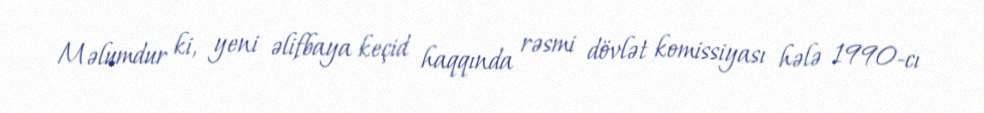
Məlumdur ki, yeni əlifbaya keçid haqqında rəsmi dövlət komissiyası hələ 1990-cı